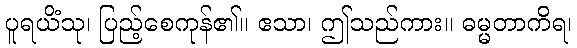
ပူရယိံသု၊ ပြည့်စေကုန်၏။ ဧသာ၊ ဤသည်ကား။ ဓမ္မတာကိရ၊